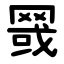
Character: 䍞